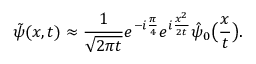
\tilde { \psi } ( x , t ) \approx \frac { 1 } { \sqrt { 2 \pi t } } e ^ { - i \frac { \pi } { 4 } } e ^ { i \frac { x ^ { 2 } } { 2 t } } \hat { \psi } _ { 0 } \big ( \frac { x } { t } \big ) .